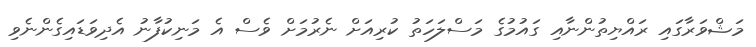
މަޝްވަރާގައި ރައްޔިތުންނާއި ގައުމުގެ މަސްލަހަތު ކުރިއަށް ނެރުމަށް ވެސް އެ މަނިކުފާނު އެދިވަޑައިގެންނެވި